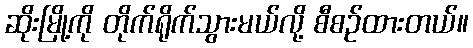
ဆိုးမြို့ကို တိုက်ရိုက်သွားမယ်လို့ စီစဉ်ထားတယ်။